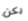
يكن